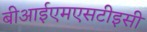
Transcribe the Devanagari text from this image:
बीआईएमएसटीइसी